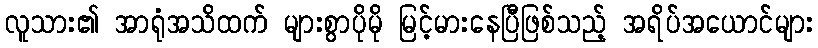
လူသား၏ အာရုံအသိထက် များစွာပိုမို မြင့်မားနေပြီဖြစ်သည့် အရိပ်အယောင်များ